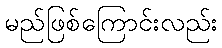
မည်ဖြစ်ကြောင်းလည်း